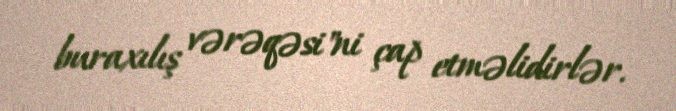
buraxılış vərəqəsi"ni çap etməlidirlər.